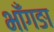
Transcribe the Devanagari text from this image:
भाँगङा